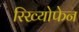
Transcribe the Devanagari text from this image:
रिख्योफेन